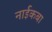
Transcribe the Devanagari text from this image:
नाईकबा